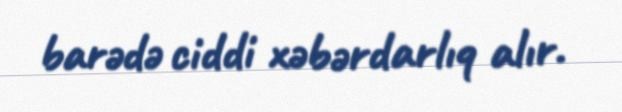
barədə ciddi xəbərdarlıq alır.